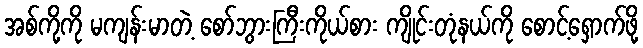
အစ်ကို့ကို မကျန်းမာတဲ့ စော်ဘွားကြီးကိုယ်စား ကျိုင်းတုံနယ်ကို စောင့်ရှောက်ဖို့